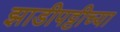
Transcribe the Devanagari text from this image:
झाडीपट्टीच्या